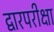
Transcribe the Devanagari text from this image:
द्वारपरीक्षा